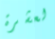
لعشرة